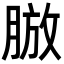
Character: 𦜍